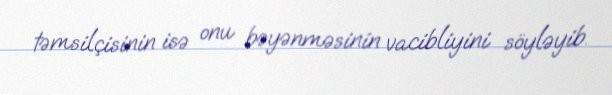
təmsilçisinin isə onu bəyənməsinin vacibliyini söyləyib.